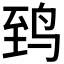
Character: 𬸈